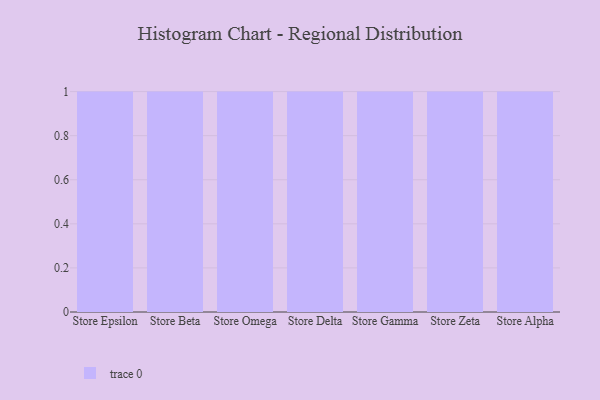
{"axis": {"x": "Store", "y": "Humidity (%)"}, "legend": [""], "data": [{"x": "Store Epsilon", "y": 88, "type": ""}, {"x": "Store Beta", "y": 30, "type": ""}, {"x": "Store Omega", "y": 72, "type": ""}, {"x": "Store Delta", "y": 61, "type": ""}, {"x": "Store Gamma", "y": 73, "type": ""}, {"x": "Store Zeta", "y": 72, "type": ""}, {"x": "Store Alpha", "y": 19, "type": ""}]}